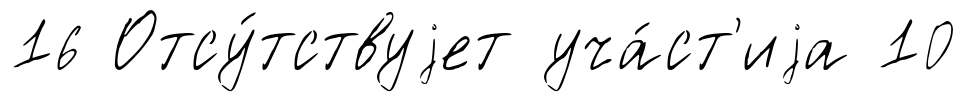
16 Отсу́тствуjет уча́ст'иjа 10